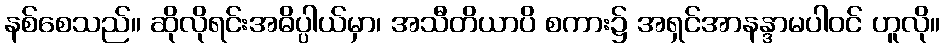
နစ်စေသည်။ ဆိုလိုရင်းအဓိပ္ပါယ်မှာ၊ အသီတိယာပိ စကား၌ အရှင်အာနန္ဒာမပါဝင် ဟူလို။